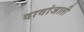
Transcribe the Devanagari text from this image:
दावांजाती